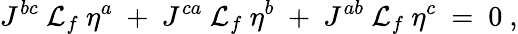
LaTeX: J^{bc}\ {\cal L}_{f}\ \eta^{a}\ +\ J^{ca}\ {\cal L}_{f}\ \eta^{b}\ +\ J^{ab}\ {\cal L}_{f}\ \eta^{c}\ =\ 0\ ,